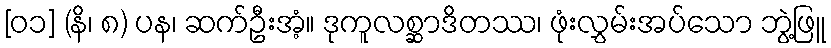
[၀၁] (နိ၊ ၈) ပန၊ ဆက်ဦးအံ့။ ဒုကူလစ္ဆာဒိတဿ၊ ဖုံးလွှမ်းအပ်သော ဘွဲ့ဖြူ